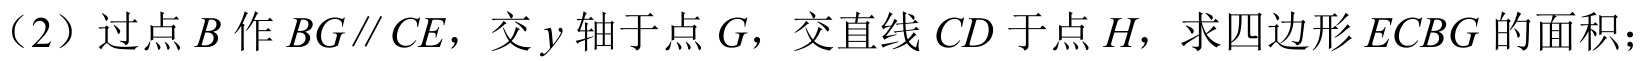
（2）过点 \(B\) 作 \(BG\parallel CE\)，交 \(y\) 轴于点 \(G\)，交直线 \(CD\) 于点 \(H\)，求四边形 \(ECBG\) 的面积；